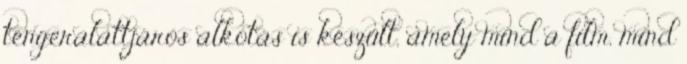
tengeralattjárós alkotás is készült, amely mind a film, mind